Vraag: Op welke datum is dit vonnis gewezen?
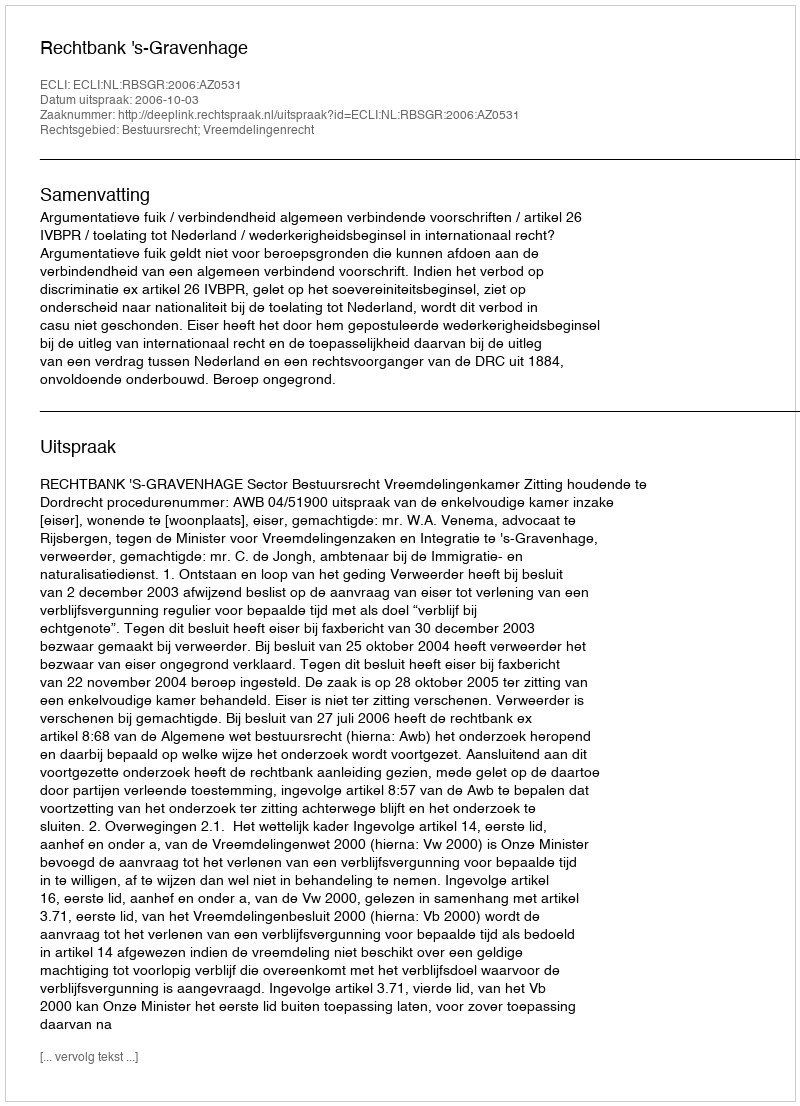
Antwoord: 2006-10-03